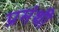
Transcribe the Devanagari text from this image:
प्रमंथी